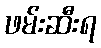
ဖမ်းဆီးရ